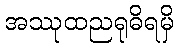
အဿုထညရုဓိရမှိ